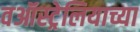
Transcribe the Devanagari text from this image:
वऑस्ट्रेलियाच्या